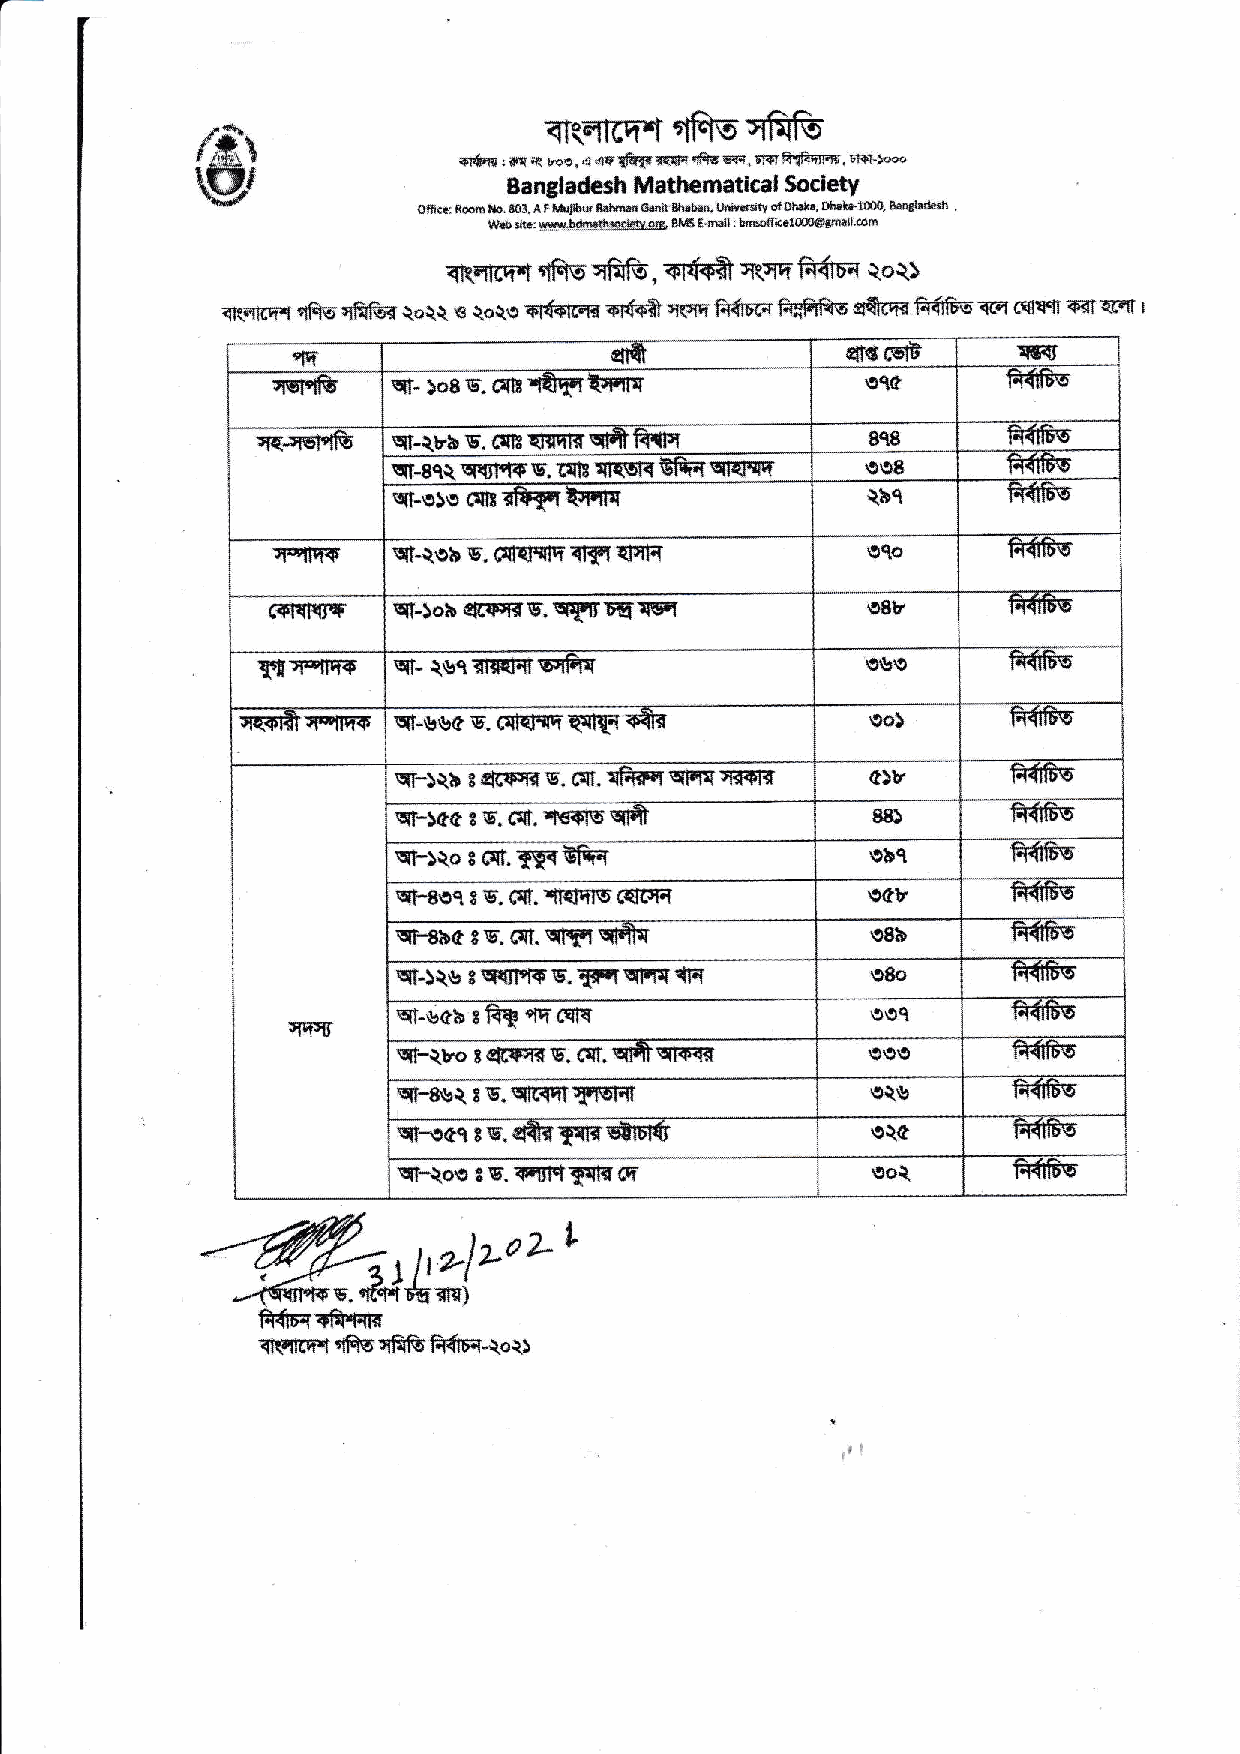
{Asqfifr
 f*\                    <RErffi"t
 \r l gdll it     ar+?.fi d lee,., €'q !frrlr E{i i&a 191{, n{'a..ftr]lm, !'{-t*
 Bangladesh Mathematlcel SocietY
 oft..r Roo6 r'b. 8o!. l f i\rldbd i${isl Gsln ?r!.b.r. rhb..3rl ot ond.., oh.ir$4, Ld.iL'ih
 \a,tbtlt :v,ry.b{tt dlro.i.te,o.r Nir6a.tBilit{Eofir.1@lprtl'll..ti
 qfffi
 iRqnfi qfis qfirfr, q\ar fr{6-{ qoqs
 qr$fim'f qfiq i&&{ tott s Q"ote etfcrtFrd .n$+ft qcff' n$!ffi ft""hfis s{tfia frfiEE 1fi .{rrr cn €EI I
 s('
 $fr             $sF6
 qq-
 cq{e    qt-'os€.d.lnTftl|ryc           sq(       fr'{6q
 ft{6s
 ,rqn!51fr ql-{bb E,. c{8 tg{rint         8q8
 qt-8cL\firrFrs,1IBtr(srr qKrq{q' \tq8    fr,{GE
 fr{Es
 Yf-erec{trl&?,{tryttc          \b1
 {ql$r   slt-leb Ei. 6Enrq rtI$T {cl{   i9qo      fr'{G{t
 GFFTFIFT slt-lob €E PEr!5, qIF Ei:Fl   {,8b      fr{GE
 Y[rywr+  qL {s1rl$llqfu                 9&9       ft'{Es
 qq{fl&I*{tm \ql-ssas. fif{{qq$q{ fr-d     9o)      B,{FS
 qt'-5tb s afcprst rr. t{I. Ifrff qtm w{|{ c)t fr'd1frs
 \rF!lt6 8s. ({L {€rF$ q&        88)      fr{6s
 \xt-lqo t fiL 3fYrtgIqFT        9bl      ft{t$s
 qF8(,1, s. C{l. ritqclq c{rs;r  9C!      R{$s
 qt-aba l$. cqf.qrtaq*q          \38b     fr'48!t
 q{
 vf-)iu I rxr61"1'5 r. trfi !$rFI \38a    fr'4$s
 ql-$ab t&  fils                 (}\,1    frffis
 IIpr            '{c
 YFllo t €Fr5rd s. (qf.ffiqrsEr           R6Ao
 (r{g     fr'{ss
 Yl-8V1, e v. Erqqll!1ltrrt
 !$-.eclcs.St'{T{t{s|El6'        s\c      fr{Es
 qRoe r s' ffi1qlq8t (E          90q      trr8s
 L
 ttz)LoL
 ,ai
 g.   tumi
 ff{r{rffqrr{
 qs$rr.r{Rsqff&.ffirqqou